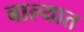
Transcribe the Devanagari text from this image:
बाल्यात